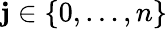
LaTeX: \mathbf{j}\in\{ 0,\ldots,n\}